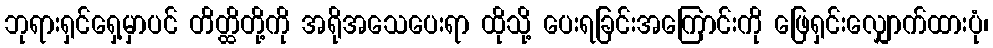
ဘုရားရှင်ရှေ့မှာပင် တိတ္ထိတို့ကို အရိုအသေပေးရာ ထိုသို့ ပေးရခြင်းအကြောင်းကို ဖြေရှင်းလျှောက်ထားပုံ၊